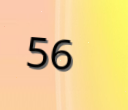
56